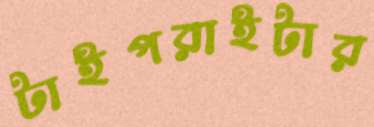
টাইপরাইটার